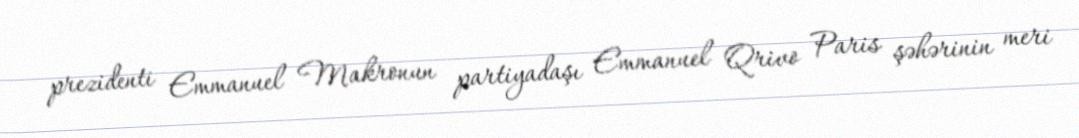
prezidenti Emmanuel Makronun partiyadaşı Emmanuel Qrivo Paris şəhərinin meri